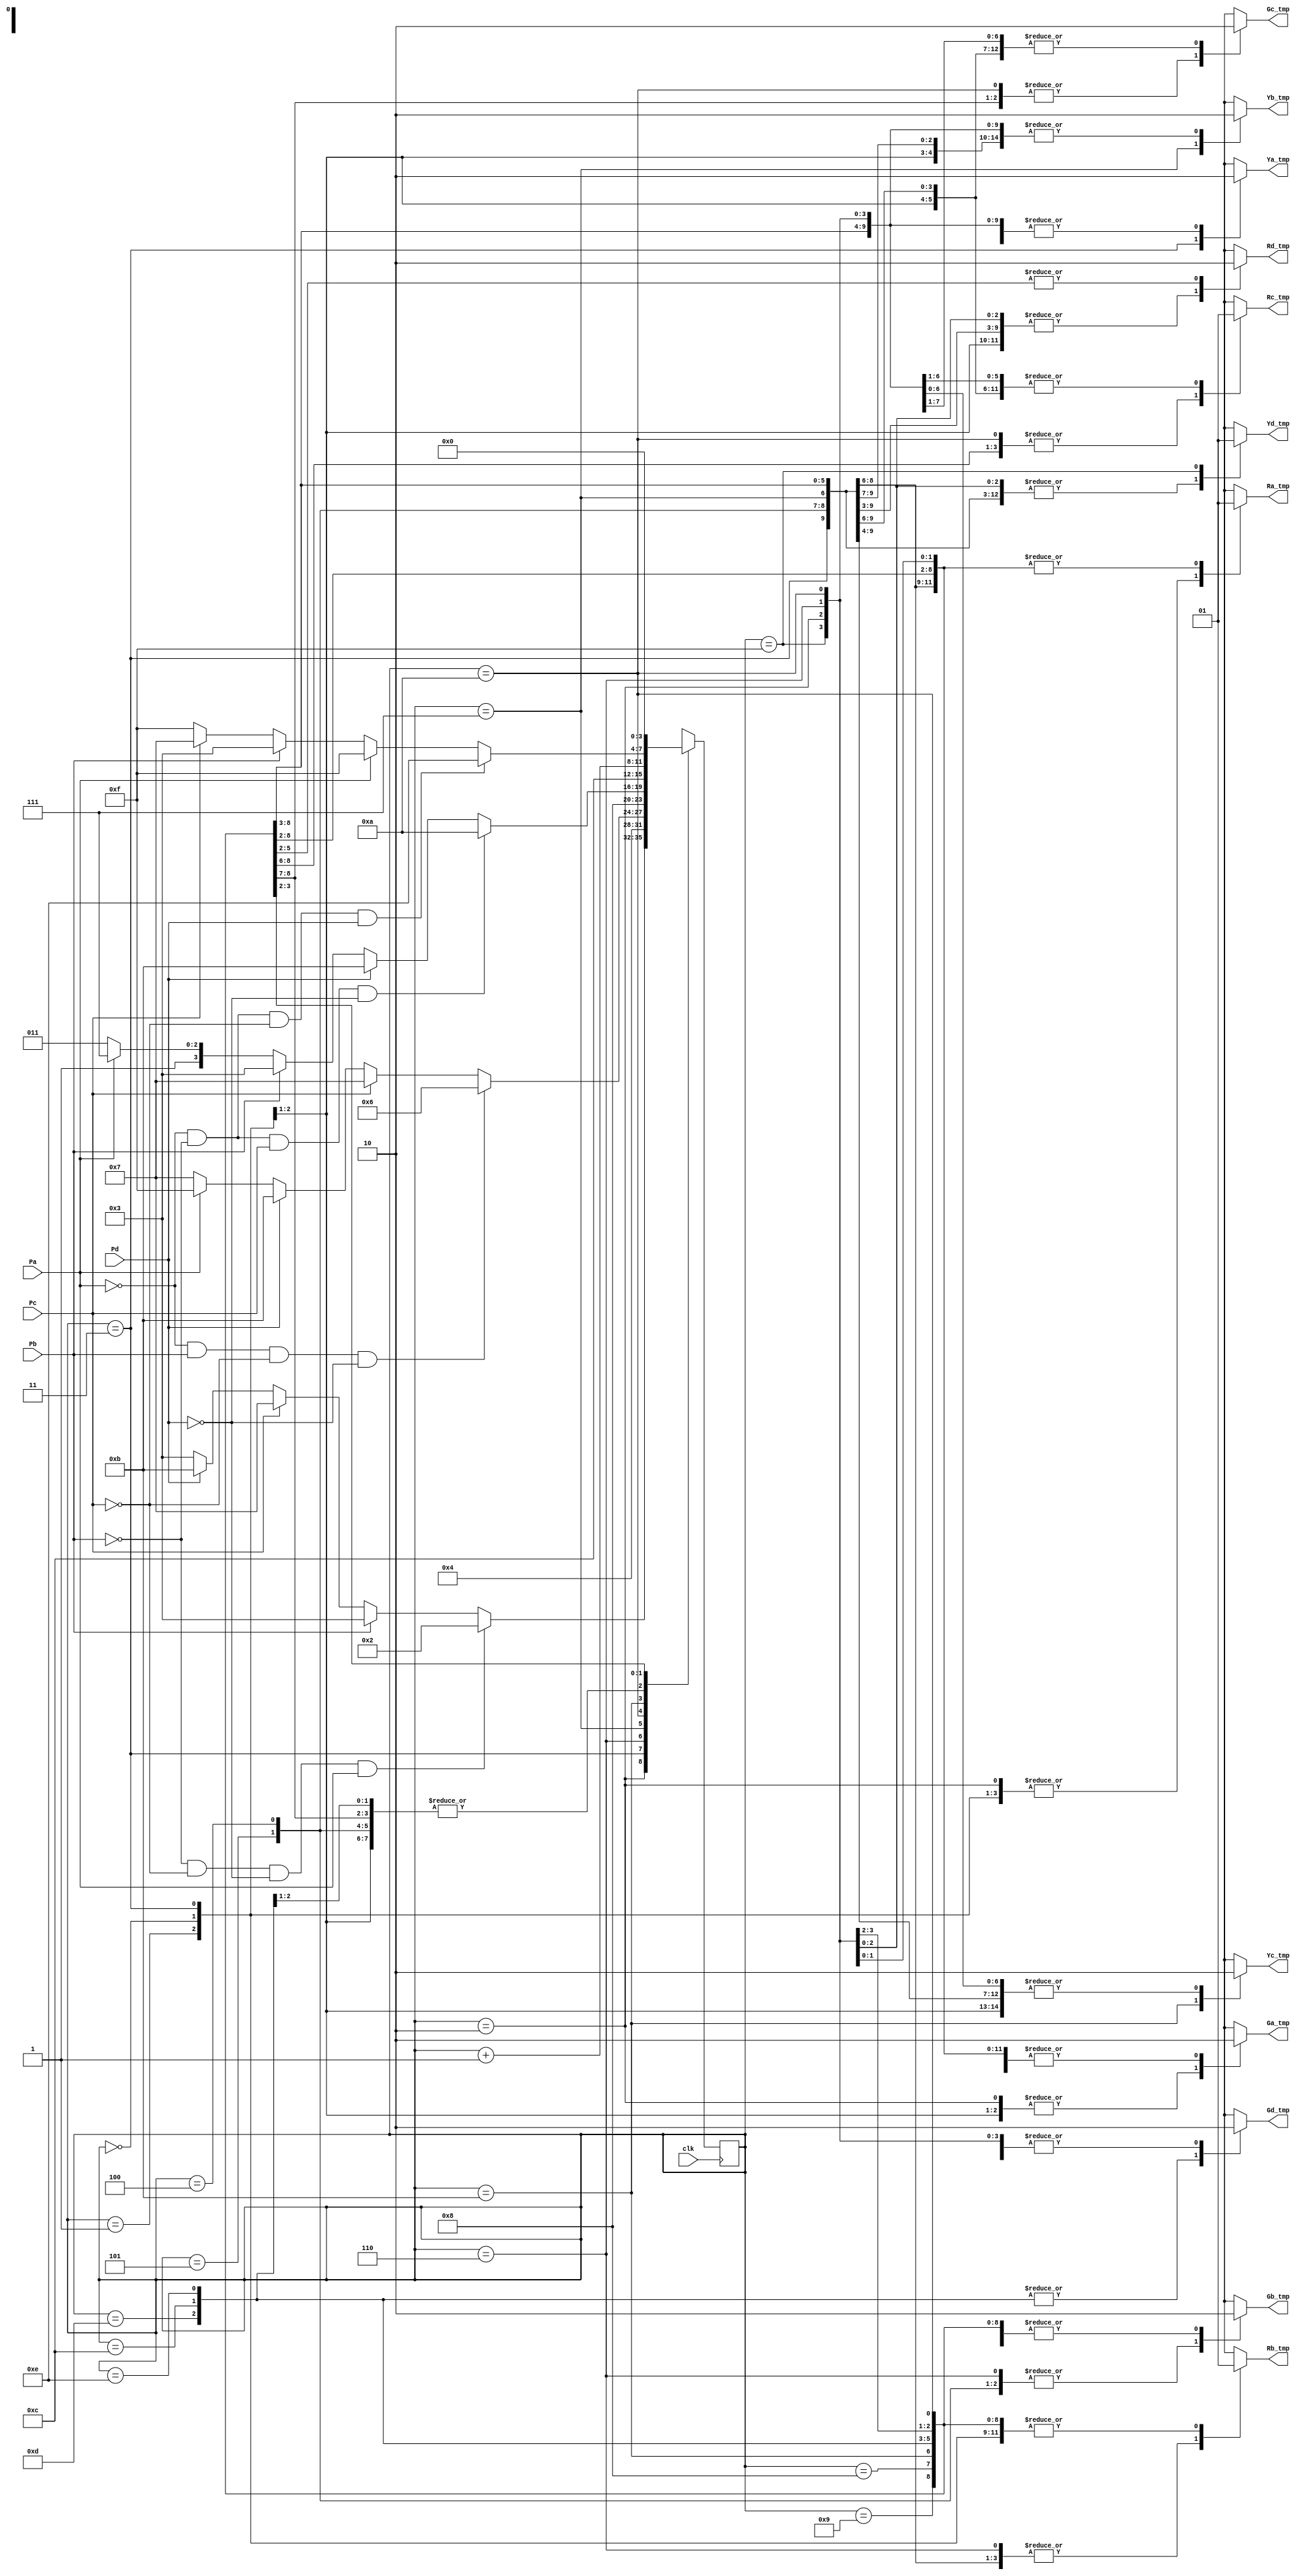
`timescale 1ns / 1ps

module traffic_light (clk, Pa, Pb, Pc, Pd, Ra_tmp, Rb_tmp, Rc_tmp, Rd_tmp, Ga_tmp, Gb_tmp, Gc_tmp, Gd_tmp, Ya_tmp, Yb_tmp, Yc_tmp, Yd_tmp);
input clk;
input Pa,Pb,Pc,Pd;
//inout Ra,Rb,Rc,Rd;
//inout Ga,Gb,Gc,Gd;
//inout Ya,Yb,Yc,Yd;
output reg Ra_tmp,Rb_tmp,Rc_tmp,Rd_tmp;
output reg Ga_tmp,Gb_tmp,Gc_tmp,Gd_tmp;
output reg Ya_tmp,Yb_tmp,Yc_tmp,Yd_tmp;
//output co;
//ClockDivider c1(clk, co);
reg[3:0] state;
reg[3:0] nextstate;
reg [27:0] count=0;
//parameter[1:0] R = 0;
//parameter[1:0] Y = 1;
//parameter[1:0] G = 2;
//wire[1:0] lightA;
//wire[1:0] lightB;
//wire[1:0] lightC;
//wire[1:0] lightD;
//assign Ra = Ra_tmp;
//assign Rb = Rb_tmp;
//assign Rc = Rc_tmp;
//assign Rd = Rd_tmp;
//assign Ga = Ga_tmp;
//assign Gb = Gb_tmp;
//assign Gc = Gc_tmp;
//assign Gd = Gd_tmp;
//assign Ya = Ya_tmp;
//assign Yb = Yb_tmp;
//assign Yc = Yc_tmp;
//assign Yd = Yd_tmp;
initial
begin
 state = 0;
end
always @(state or Pa or Pb or Pc or Pd)
begin
 Ra_tmp = 1'b0 ;
 Rb_tmp = 1'b0 ;
 Rc_tmp = 1'b0 ;
 Rd_tmp = 1'b0 ;
 Ga_tmp = 1'b0 ;
 Gb_tmp = 1'b0 ;
 Gc_tmp = 1'b0 ;
 Gd_tmp = 1'b0 ;
 Ya_tmp = 1'b0 ;
 Yb_tmp = 1'b0 ;
 Yc_tmp = 1'b0 ;
 Yd_tmp = 1'b0 ;
 nextstate = 0;
 case (state)
 0, 1 :
 begin
 Rb_tmp = 1'b1 ;
 Rd_tmp = 1'b1 ;
 Ga_tmp = 1'b1 ;
 Rc_tmp = 1'b1 ;
 nextstate = state + 1;
 end
 2 :
 begin
 Rb_tmp = 1'b1 ;
 Rd_tmp = 1'b1 ;
 Ga_tmp = 1'b1 ;
 Rc_tmp = 1'b1 ;
 if (Pb==1'b0 && Pc==1'b0 && Pd==1'b0 && Pa==1'b1)
 begin
 nextstate = 2;
 end
 else if(Pb==1'b1)
 begin
 nextstate = 3;
 end 
 else if(Pc==1'b1)
 begin 
 nextstate = 7;
 end
 else if(Pd==1'b1)
 begin 
 nextstate = 11;
 end
 else 
 begin
 nextstate = 3;
 end
 end
 3 :
 begin
 Ya_tmp = 1'b1 ;
 Ga_tmp = 1'b0 ;
 Rc_tmp = 1'b1 ;
 Rb_tmp = 1'b1 ;
 Rd_tmp = 1'b1 ;
 nextstate = 4 ;
 end
 4,5 :
 begin
 Gb_tmp = 1'b1 ;
 Ya_tmp = 1'b0 ;
 Rd_tmp = 1'b1 ;
 Ra_tmp = 1'b1 ;
 Rc_tmp = 1'b1 ;
 nextstate = state + 1;
 end
 6 :
 begin
 Gb_tmp = 1'b1 ;
 Rd_tmp = 1'b1 ;
 Ra_tmp = 1'b1 ;
 Rc_tmp = 1'b1 ;
 if (Pa==1'b0 && Pb==1'b1 && Pc==1'b0 && Pd==1'b0)
 begin
 nextstate = 6;
 end 
 else if(Pc==1'b1)
 begin
 nextstate = 7;
 end 
 else if(Pd==1'b1)
 begin 
 nextstate = 11;
 end
 else if(Pa==1'b1)
 begin 
 nextstate = 15;
 end
 else begin 
 nextstate = 7;
 end
 end
 7 :
 begin
 Ra_tmp = 1'b1 ;
 Rc_tmp = 1'b1 ;
 Yb_tmp = 1'b1 ;
 Gb_tmp = 1'b0 ;
 Rd_tmp = 1'b1 ;
 nextstate = 8 ;
 end
 8,9 :
 begin
 Rb_tmp = 1'b1 ;
 Rd_tmp = 1'b1 ;
 Ra_tmp = 1'b1 ;
 Yb_tmp = 1'b0 ;
 Gc_tmp = 1'b1 ;
 nextstate = state + 1 ;
 end
 10 :
 begin
 Gc_tmp = 1'b1 ;
 Rd_tmp = 1'b1 ;
 Ra_tmp = 1'b1 ;
 Rb_tmp = 1'b1 ;
 if (Pa==1'b0 && Pb==1'b0 && Pc==1'b1 && Pd==1'b0)
 begin
 nextstate = 10;
 end 
 else if(Pd==1'b1)
 begin
 nextstate = 11;
 end 
 else if(Pb==1'b1)
 begin
 nextstate = 3;
 end 
 else if(Pa==1'b1)
 begin 
 nextstate = 15;
 end
 else begin 
 nextstate = 11;
 end
 end
 11 :
 begin
 Ra_tmp = 1'b1;
 Yc_tmp = 1'b1;
 Rb_tmp = 1'b1;
 Rd_tmp = 1'b1;
 Gc_tmp = 1'b0;
 nextstate = 12;
 end
 12,13 :
 begin
 Rb_tmp = 1'b1 ;
 Gd_tmp = 1'b1 ;
 Ra_tmp = 1'b1 ;
 Rc_tmp = 1'b1 ;
 Yc_tmp = 1'b0;
 nextstate = state + 1 ;
 end
 14 :
 begin
 Rb_tmp = 1'b1 ;
 Gd_tmp = 1'b1 ;
 Ra_tmp = 1'b1 ;
 Rc_tmp = 1'b1 ;
 if (Pa==1'b0 && Pb==1'b0 && Pc==1'b0 && Pd==1'b1)
 begin
 nextstate = 14;
 end 
 else if(Pa==1'b1)
 begin
 nextstate = 15;
 end
 else if(Pb==1'b1)
 begin
 nextstate = 3;
 end 
 else if(Pc==1'b1)
 begin 
 nextstate = 7;
 end
 else begin 
 nextstate = 15;
 end
 end
 15 :
 begin
 Ra_tmp = 1'b1;
 Rc_tmp = 1'b1;
 Rb_tmp = 1'b1;
 Yd_tmp = 1'b1;
 Gd_tmp = 1'b0;
 nextstate = 0;
 end
 endcase
end
always @(posedge clk)

begin
 state <= nextstate ;
end

//always@(posedge clk)
//begin
//   count = count + 1;
//end
//assign co = count[27];
//assign lightA = (Ra_tmp==1'b1) ? R : (Ya_tmp==1'b1) ? Y : (Ga_tmp==1'b1) ? G : lightA;
//assign lightB = (Rb_tmp==1'b1) ? R : (Yb_tmp==1'b1) ? Y : (Gb_tmp==1'b1) ? G : lightB;
//assign lightC = (Rc_tmp==1'b1) ? R : (Yc_tmp==1'b1) ? Y : (Gc_tmp==1'b1) ? G : lightC;
//assign lightD = (Rd_tmp==1'b1) ? R : (Yd_tmp==1'b1) ? Y : (Gd_tmp==1'b1) ? G : lightD;
endmodule